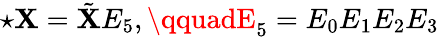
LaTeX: \star\mathbf{X}=\tilde{{\mathbf{X}}}E_{5},\qquadE_{5}=E_{0}E_{1}E_{2}E_{3}